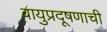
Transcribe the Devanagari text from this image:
वायुप्रदूषणाची